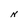
Character: N